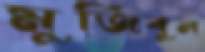
মুজিবুল